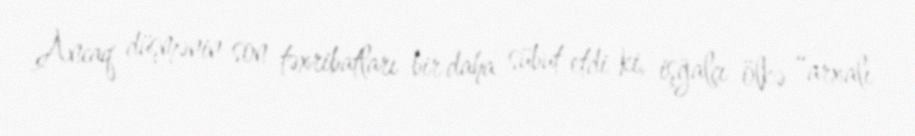
Ancaq düşmənin son təxribatları bir daha sübut etdi ki, işğalçı ölkə “arxalı